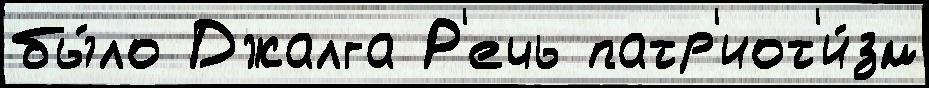
бы́ло Джалга Р'ечь патр'иот'и́зм